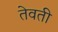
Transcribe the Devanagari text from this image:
तेवती